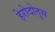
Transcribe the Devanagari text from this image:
हेरोदोतुस